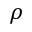
\rho